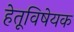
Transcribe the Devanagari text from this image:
हेतूविषेयक